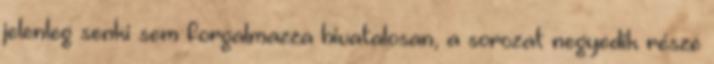
jelenleg senki sem forgalmazza hivatalosan, a sorozat negyedik része